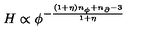
H \propto \phi ^ { - \frac { ( 1 + \eta ) n _ { \phi } + n _ { \partial } - 3 } { 1 + \eta } }